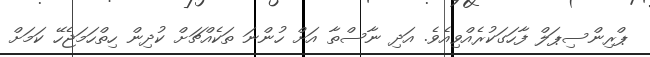
ޕްރިންސިޕަލް ފާހަގަކުރެއްވިއެވެ. އަދި ނާސްތާ އަށް ހުންނަ ތަކެއްޗަށް ކުދިން ހިތްހަމަޖެހޭ ކަމަށް